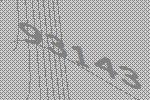
93143